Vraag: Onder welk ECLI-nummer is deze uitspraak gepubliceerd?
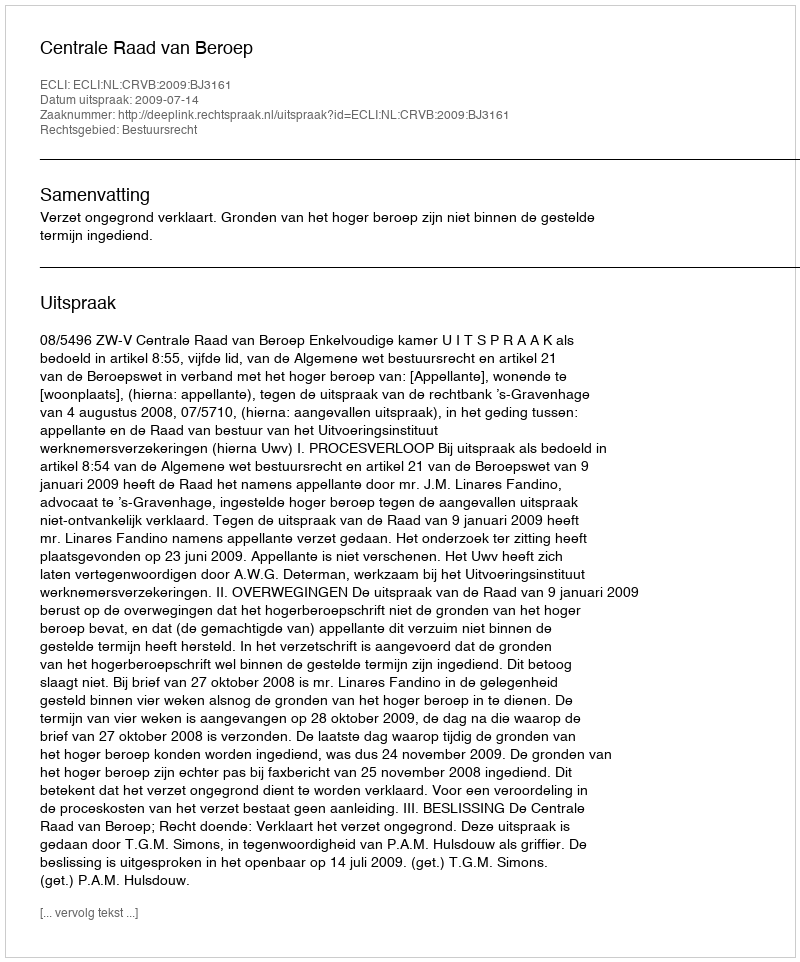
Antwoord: ECLI:NL:CRVB:2009:BJ3161